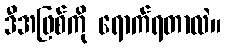
ဒီအဖြစ်ကို ရောက်ရတာလဲ။